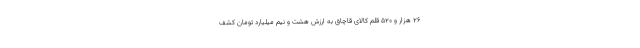
۲۶ هزار و ۵۲۰ قلم کالای قاچاق به ارزش هشت و نیم میلیارد تومان کشف